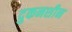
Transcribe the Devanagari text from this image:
दुकनशीन